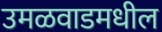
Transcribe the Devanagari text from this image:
उमळवाडमधील